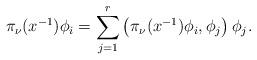
LaTeX: \begin{align*}\pi_{\nu}(x^{-1})\phi_{i}=\sum_{j=1}^{r}\left(\pi_{\nu}(x^{-1})\phi_{i},\phi_j\right)\phi_j.\end{align*}